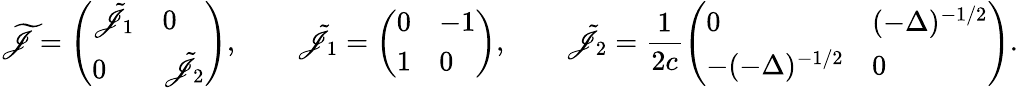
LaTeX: \widetilde{\mathscr J}=\left(\begin{array}{ll}{\tilde{\mathscr J}_{1}}&{0}\\ {0}&{\tilde{\mathscr J}_{2}}\end{array}\right),\qquad\tilde{\mathscr J}_{1}=\left(\begin{array}{ll}{0}&{-1}\\ {1}&{0}\end{array}\right),\qquad\tilde{\mathscr J}_{2}=\displaystyle\frac 1{2c}\left(\begin{array}{ll}{0}&{(-\Delta)^{-1/2}}\\ {-(-\Delta)^{-1/2}}&{0}\end{array}\right).